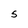
Character: S